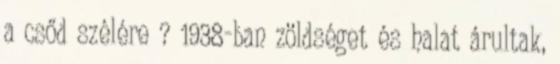
a csőd szélére ? 1938-ban zöldséget és halat árultak,